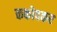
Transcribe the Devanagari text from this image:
ककोदकर